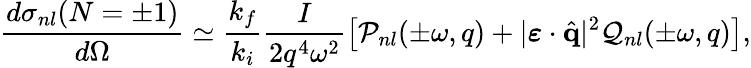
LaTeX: \frac{d{\sigma}_{nl}(N=\pm 1)}{d\Omega}\simeq\frac{k_{f}}{k_{i}}\frac{I}{2q^{4}\omega^{2}}\left[{\cal P}_{nl}(\pm\omega,q)+|\boldsymbol{\varepsilon}\cdot\hat{\mathbf{q}}|^{2}{\cal Q}_{nl}(\pm\omega,q)\right],